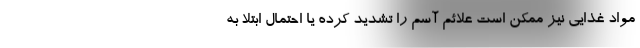
مواد غذایی نیز ممکن است علائم آسم را تشدید کرده یا احتمال ابتلا به